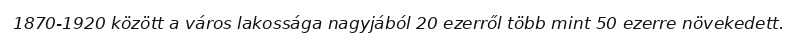
1870-1920 között a város lakossága nagyjából 20 ezerről több mint 50 ezerre növekedett.